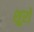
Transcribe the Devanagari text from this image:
शूरो